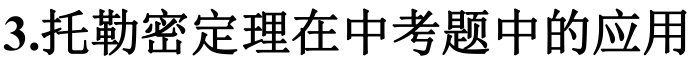
3.托勒密定理在中考题中的应用